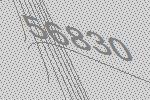
56830